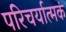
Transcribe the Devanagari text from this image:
परिचर्यात्मकं